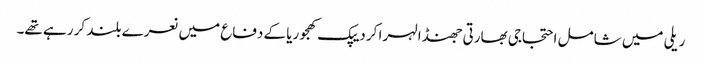
ریلی میں شامل احتجاجی بھارتی جھنڈا لہرا کر دیپک کھجوریا کے دفاع میں نعرے بلند کر رہے تھے۔